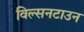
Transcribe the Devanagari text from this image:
विल्सनटाउन